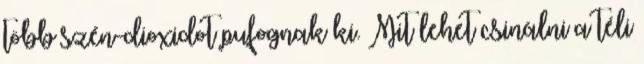
több szén-dioxidot pufognak ki. Mit lehet csinálni a téli